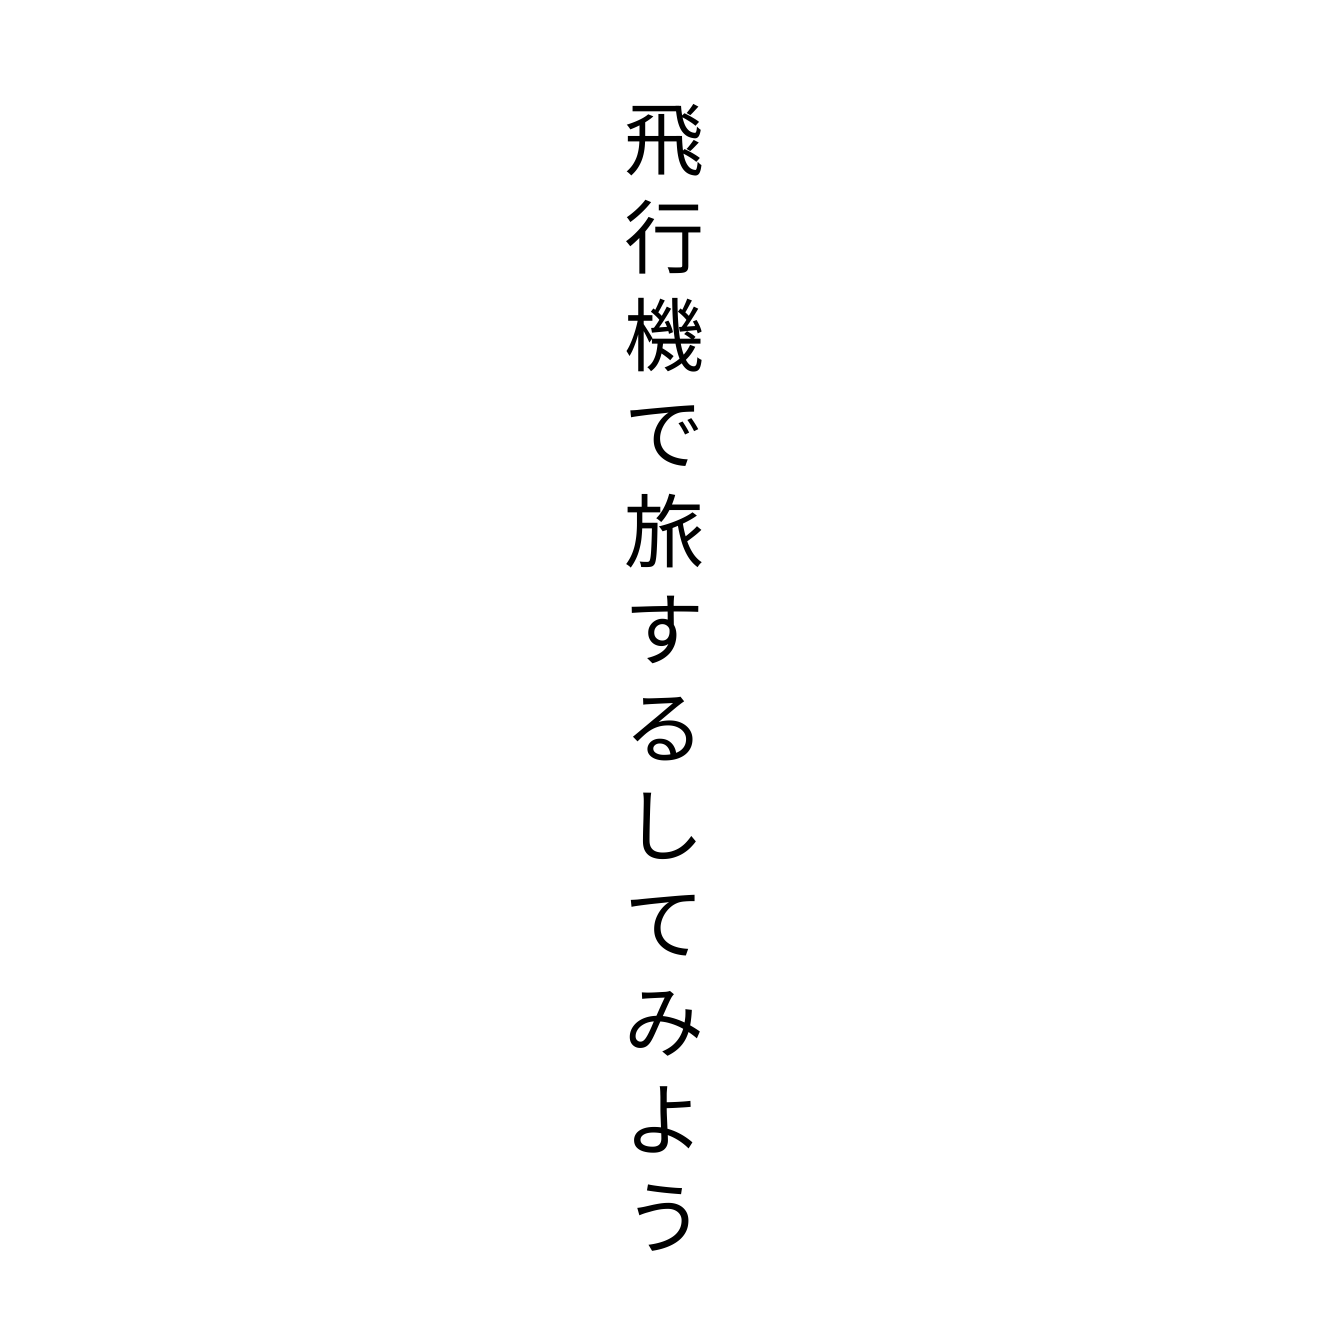
飛行機で旅するしてみよう